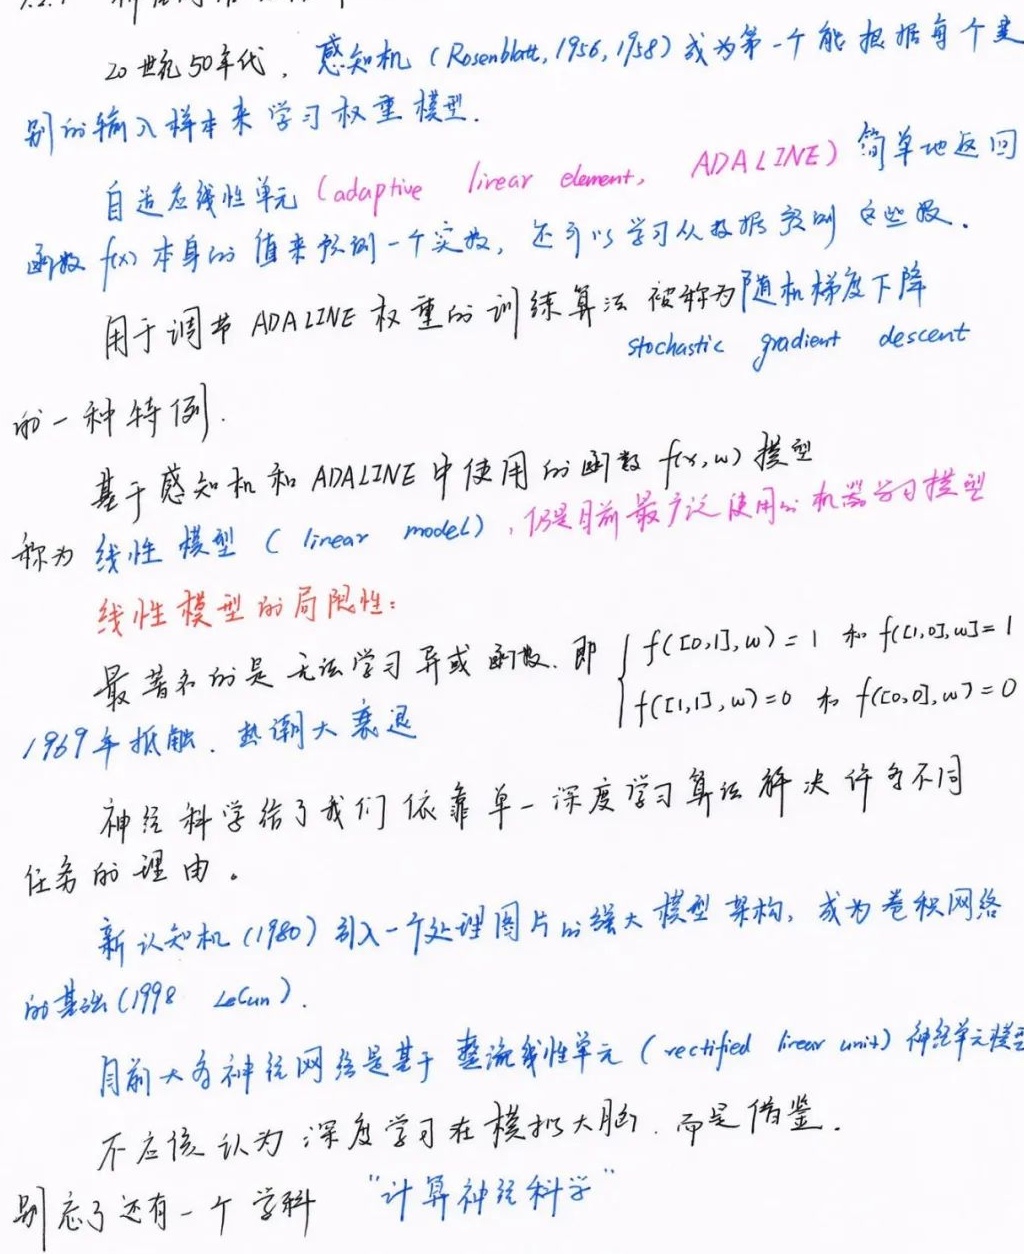
20世纪50年代，感知机（Rosenblatt, 1956, 1958）成为第一个能根据每个类别的输入样本来学习权重模型。自适应线性单元（adaptive linear element，ADALINE）简单地返回函数 \(f(\mathbf{x})\) 本身的值来预测一个实数，还可以学习从数据实例中这般做。用于调节 ADALINE 权重的训练算法被称为随机梯度下降（stochastic gradient descent）的一种特例。基于感知机和 ADALINE 中使用的函数 \(f(\mathbf{x},\mathbf{w})\) 模型称为线性模型（linear model），仍是目前最广泛使用的机器学习模型。

线性模型的局限性：最著名的是无法学习异或函数，即
\[
\begin{cases}
f([0,1],\mathbf{w}) = 1 \text{ 和 } f([1,0],\mathbf{w}) = 1\\
f([1,1],\mathbf{w}) = 0 \text{ 和 } f([0,0],\mathbf{w}) = 0
\end{cases}
\]
1969年被指出，热潮大衰退。

神经科学给了我们依靠单一深度学习算法解决许多不同任务的理由。新认知机(1980) 引入一个处理图片的强大模型架构，成为卷积网络的基础(1998 LeCun)。目前大多神经网络是基于整流线性单元（rectified linear unit）。神经元模型不应该认为：深度学习在模拟大脑，而是借鉴。别忘了还有一个学科 “计算神经科学”。